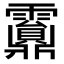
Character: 𩆹